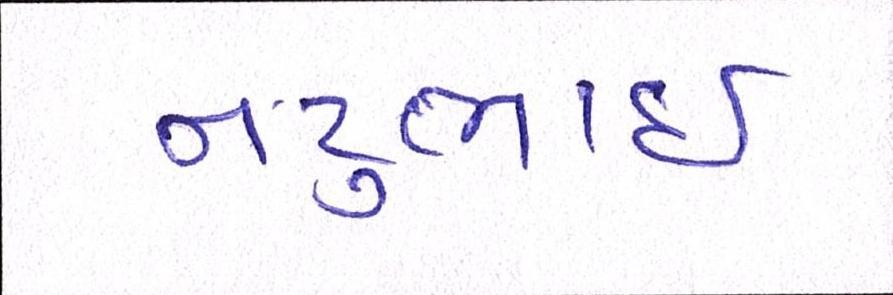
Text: નટુભાઈ